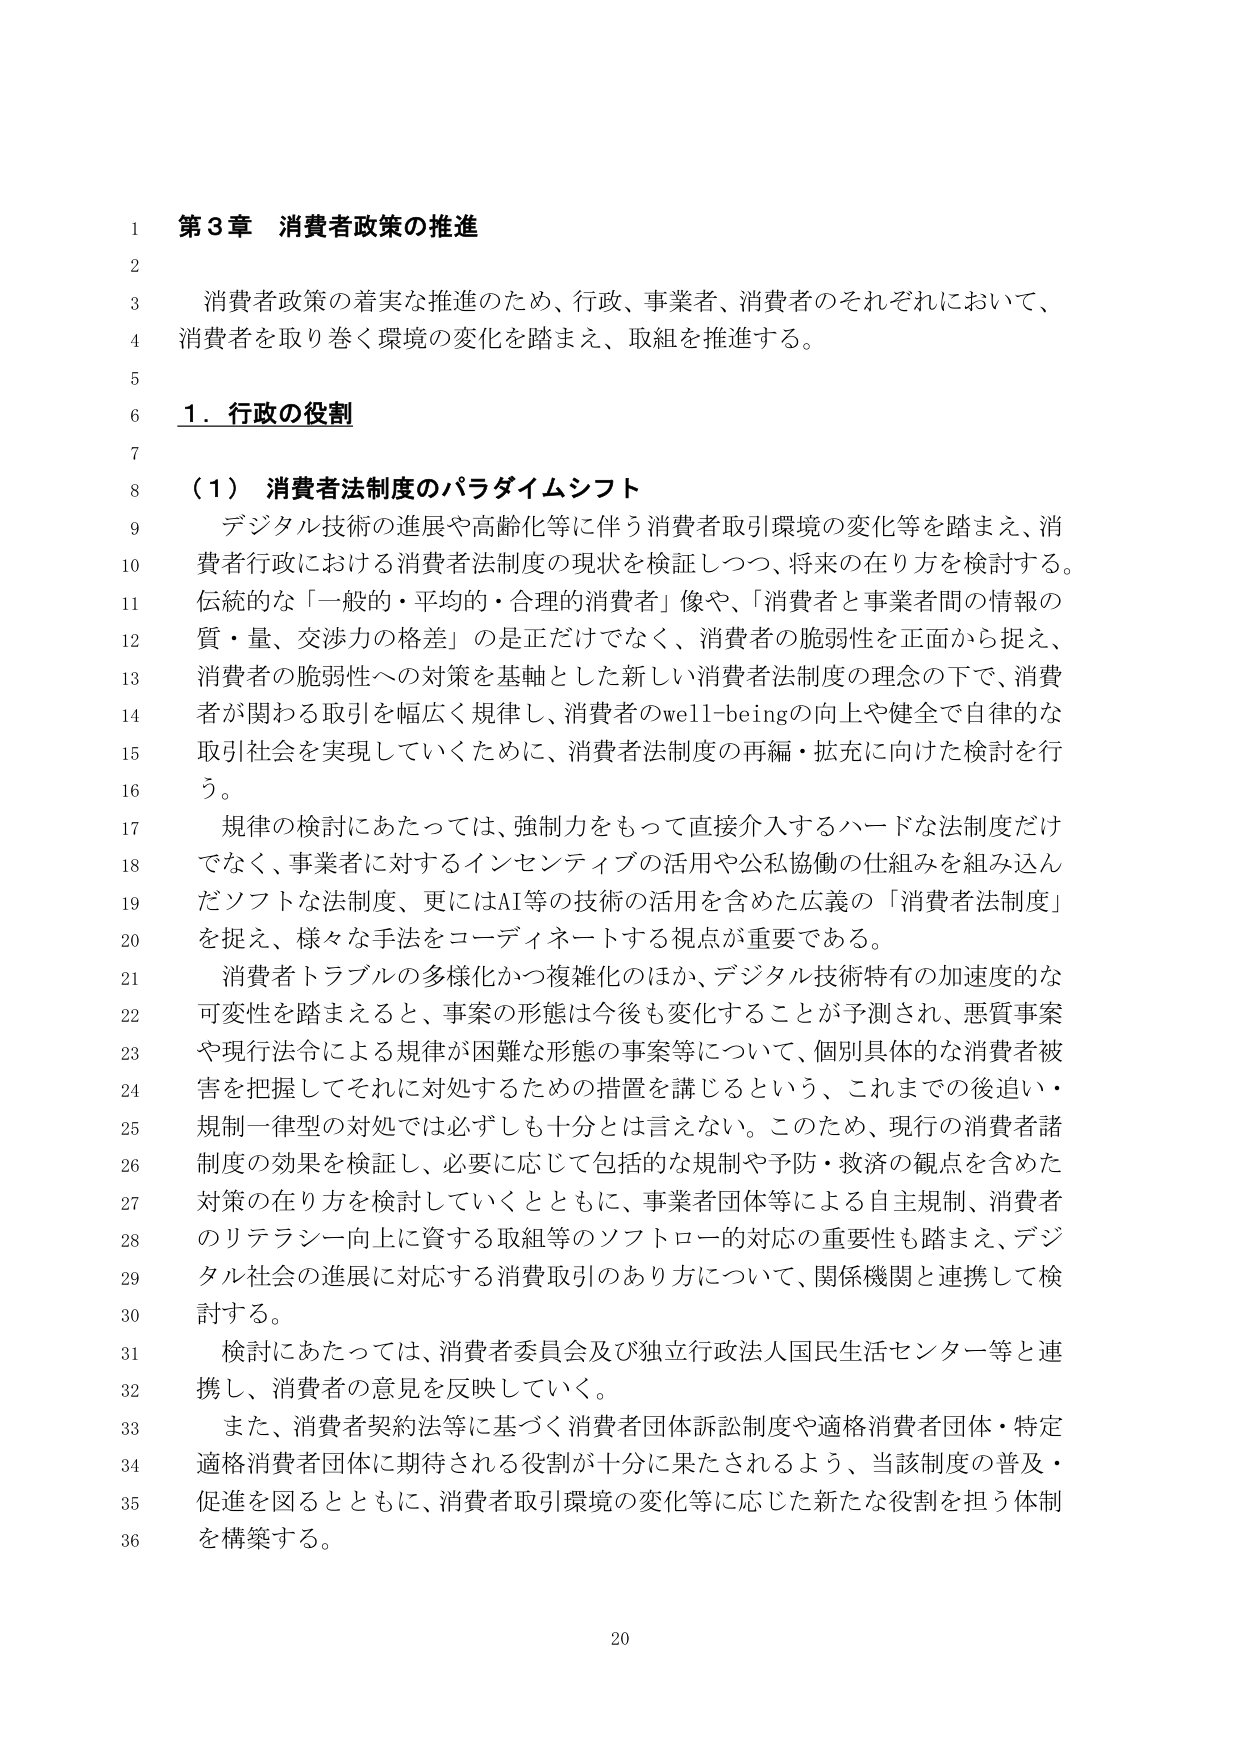
第3章 消費者政策の推進

消費者政策の着実な推進のため、行政、事業者、消費者のそれぞれにおいて、消費者を取り巻く環境の変化を踏まえ、取組を推進する。

1．行政の役割

（1）消費者法制度のパラダイムシフト

デジタル技術の進展や高齢化等に伴う消費者取引環境の変化等を踏まえ、消費者行政における消費者法制度の現状を検証しつつ、将来の在り方を検討する。伝統的な「一般的・平均的・合理的消費者」像や、「消費者と事業者間の情報の質・量、交渉力の格差」のは正だけではなく、消費者の脆弱性を正面から捉え、消費者の脆弱性への対策を基軸とした新しい消費者法制度の理念の下で、消費者が関わる取引を幅広く規律し、消費者のwell-beingの向上や健全で自律的な取引社会を実現していくために、消費者法制度の再編・拡充に向けた検討を行う。

規律の検討にあたっては、強制力をもって直接介入するハードな法制度だけでなく、事業者に対するインセンティブの活用や公私協働の仕組みを組み込んだソフトな法制度、更にはAI等の技術の活用を含めた広義の「消費者法制度」を捉え、様々な手法をコーディネートする視点が重要である。

消費者トラブルの多様化かつ複雑化のほか、デジタル技術特有の加速度的な可変性を踏まえると、事案の形態は今後も変化することが予測され、悪質事案や現行法令による規律が困難な形態の事案等について、個別具体的な消費者被害を把握してそれに対処するための措置を講じるという、これまでの後追い・規制一律型の対処では必ずしも十分とは言えない。このため、現行の消費者諸制度の効果を検証し、必要に応じて包括的な規制や予防・救済の観点を含めた対策の在り方を検討していくとともに、事業者団体等による自主規制、消費者のリテラシー向上に資する取組等のソフトローの対応の重要性も踏まえ、デジタル社会の進展に対応する消費取引のあり方について、関係機関と連携して検討する。

検討にあたっては、消費者委員会及び独立行政法人国民生活センター等と連携し、消費者の意見を反映していく。

また、消費者契約法等に基づく消費者団体訴訟制度や適格消費者団体・特定適格消費者団体に期待される役割が十分に果たされるよう、当該制度の普及・促進を図るとともに、消費者取引環境の変化等に応じた新たな役割を担う体制を構築する。

20